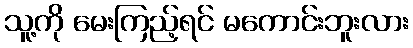
သူ့ကို မေးကြည့်ရင် မကောင်းဘူးလား